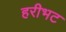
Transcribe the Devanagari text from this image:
हरीभट